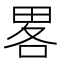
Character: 畧